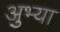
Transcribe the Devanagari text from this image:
अुभ्या